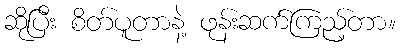
ဆိုပြီး စိတ်ပူတာနဲ့ ဖုန်းဆက်ကြည့်တာ။